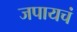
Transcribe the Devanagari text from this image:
जपायचं